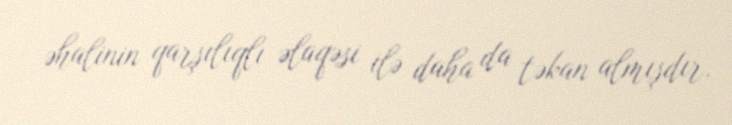
əhalinin qarşılıqlı əlaqəsi ilə daha da təkan almışdır.